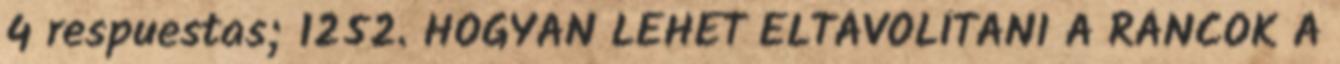
4 respuestas; 1252. HOGYAN LEHET ELTÁVOLÍTANI A RÁNCOK A